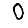
Digit: 0